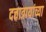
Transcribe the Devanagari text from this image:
दत्तात्रायांच्या